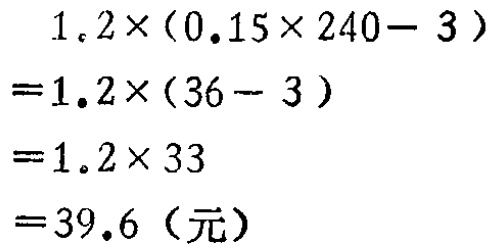
\[
\begin{align*}
&1.2\times(0.15\times240 - 3)\\
=&1.2\times(36 - 3)\\
=&1.2\times33\\
=&39.6（元）
\end{align*}
\]